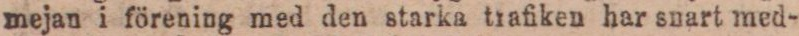
mejan i förening med den starka trafiken har snart med-